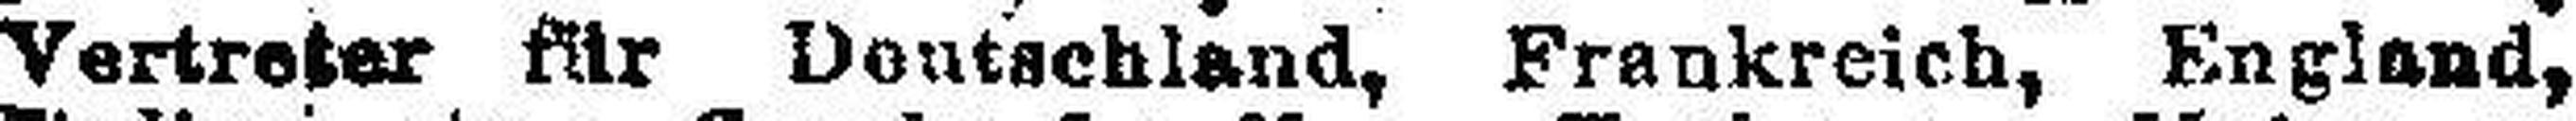
Vertreter für Deutschland, Frankreich, England,